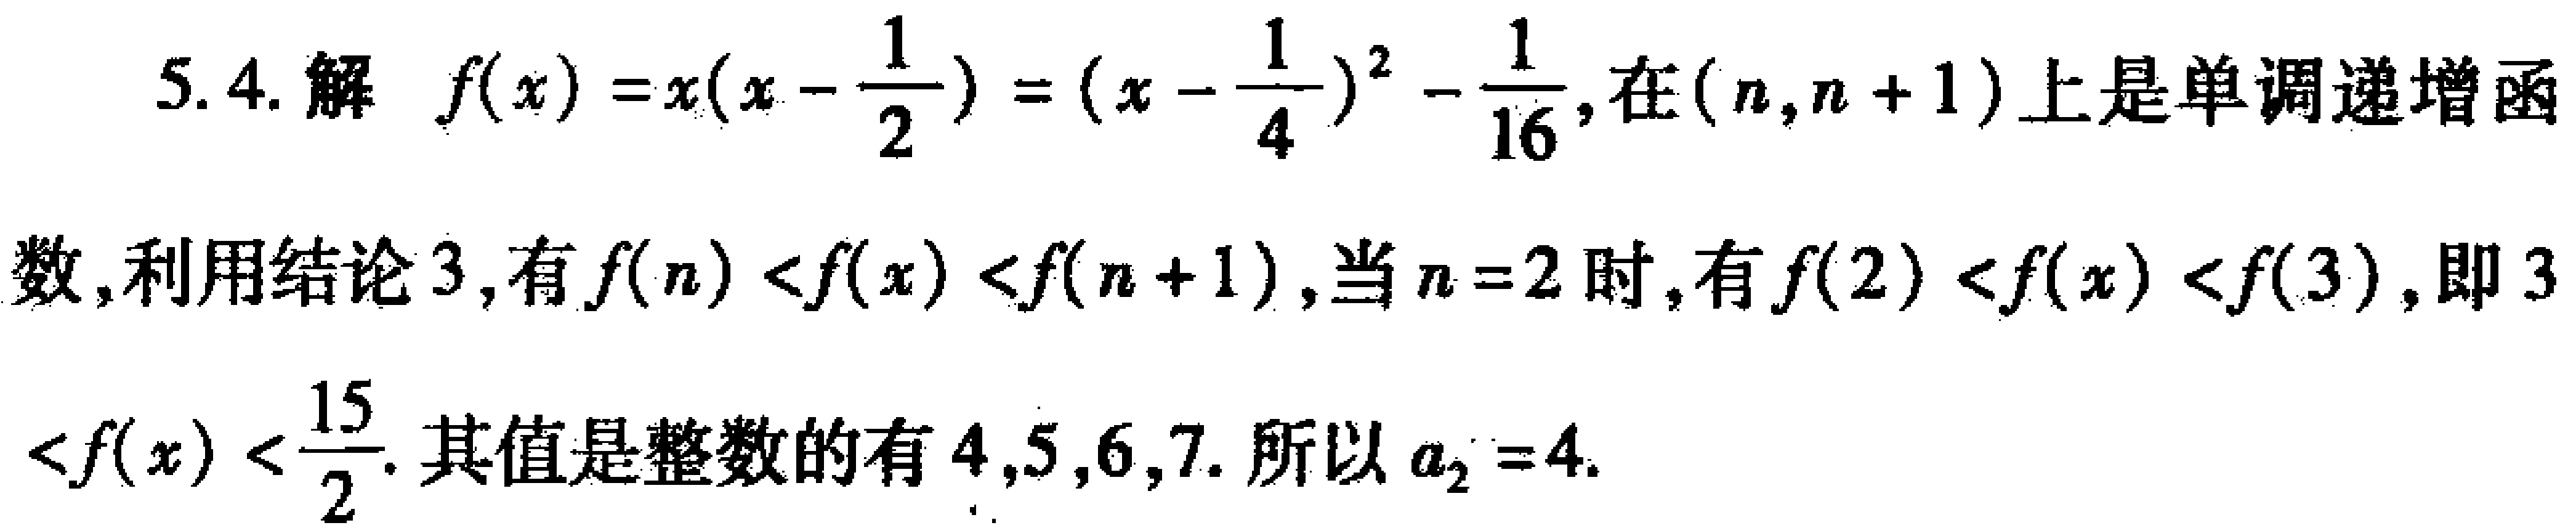
5.4. 解 \(f(x)=x(x - \frac{1}{2})=(x - \frac{1}{4})^2-\frac{1}{16}\)，在\((n,n + 1)\)上是单调递增函数，利用结论3，有\(f(n)<f(x)<f(n + 1)\)，当\(n = 2\)时，有\(f(2)<f(x)<f(3)\)，即\(3<f(x)<\frac{15}{2}\)。其值是整数的有\(4,5,6,7\)。所以\(a_{2}=4\)。